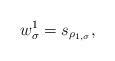
LaTeX: \begin{align*}w_{\sigma}^1 = s_{\rho_{1, \sigma}}, \end{align*}